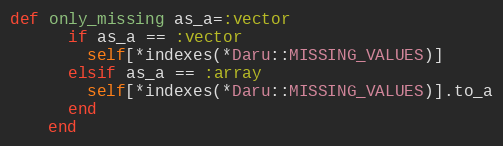
Language: Ruby
def only_missing as_a=:vector
      if as_a == :vector
        self[*indexes(*Daru::MISSING_VALUES)]
      elsif as_a == :array
        self[*indexes(*Daru::MISSING_VALUES)].to_a
      end
    end